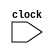
module mem_wb( 
	clock
);

input clock;

reg [31:0]result, readData;
reg [4:0]rd;
reg memToReg, regWrite;

always @ (posedge clock)begin 
	result <= ex_mem.result;
	readData <= memory.readData;
	rd <= ex_mem.rd;
	memToReg <= ex_mem.memToReg;
	regWrite <= ex_mem.regWrite;
 end

endmodule